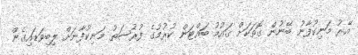
އޭރު މަނިކުފާނު ބޭނުން ގޮތަކަށް ޤައުމު ބައްޓަން ކުރުމުގެ ފުރުޞަތު މަނިކުފާނަށް ލިބިވަޑައިގެން